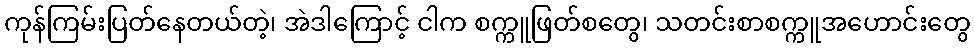
ကုန်ကြမ်းပြတ်နေတယ်တဲ့၊ အဲဒါကြောင့် ငါက စက္ကူဖြတ်စတွေ၊ သတင်းစာစက္ကူအဟောင်းတွေ